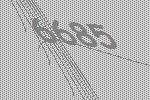
6685